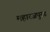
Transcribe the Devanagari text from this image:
महारजपुरड